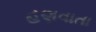
હણવાતા